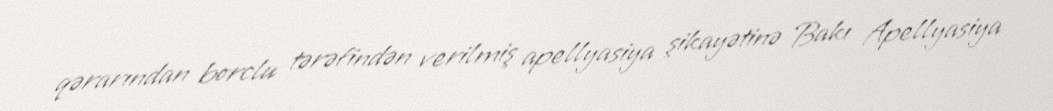
qərarından borclu tərəfindən verilmiş apellyasiya şikayətinə Bakı Apellyasiya